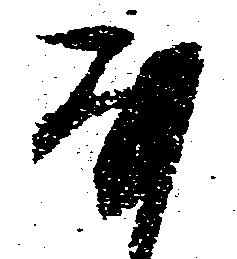
な